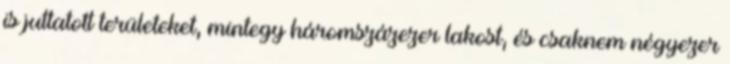
is juttatott területeket, mintegy háromszázezer lakost, és csaknem négyezer